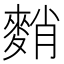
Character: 𪌯